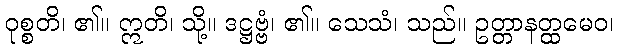
ဝုစ္စတိ၊ ၏။ ဣတိ၊ သို့။ ဒဋ္ဌဗ္ဗံ၊ ၏။ သေသံ၊ သည်။ ဥတ္တာနတ္ထမေဝ၊